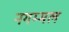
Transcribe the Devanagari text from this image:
नगम्मल